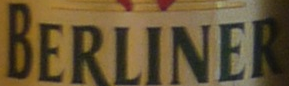
BERLINER